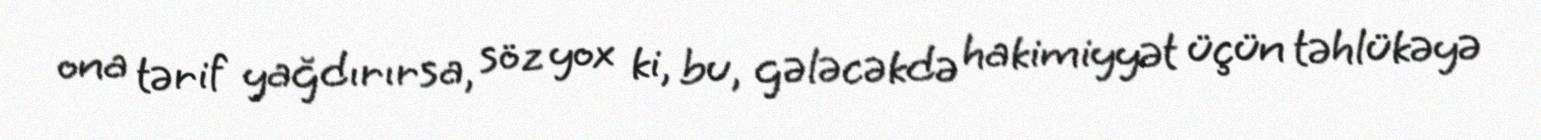
ona tərif yağdırırsa, söz yox ki, bu, gələcəkdə hakimiyyət üçün təhlükəyə